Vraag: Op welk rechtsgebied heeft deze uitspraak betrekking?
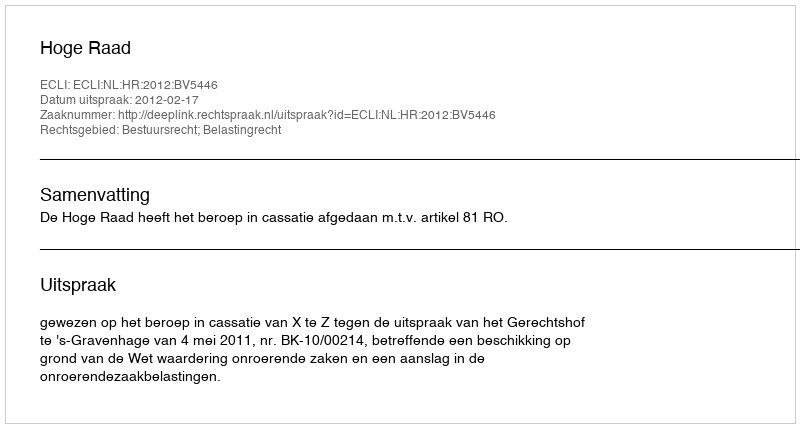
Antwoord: Bestuursrecht; Belastingrecht